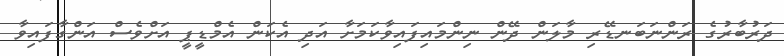
ދަރުބާރުގެ ރަންނަބަނޑޭރި މާލަން ދޭން ނިންމައިފައިވާކަމަށާ އަދި އެކަން އެމްޑީޕީ އަށްވެސް އަންގާފައިވާ